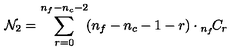
{ \cal N } _ { 2 } = \sum _ { r = 0 } ^ { n _ { f } - n _ { c } - 2 } \! ( n _ { f } - n _ { c } - 1 - r ) \cdot { } _ { n _ { f } } \! C _ { r } \,